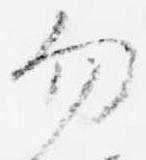
勿